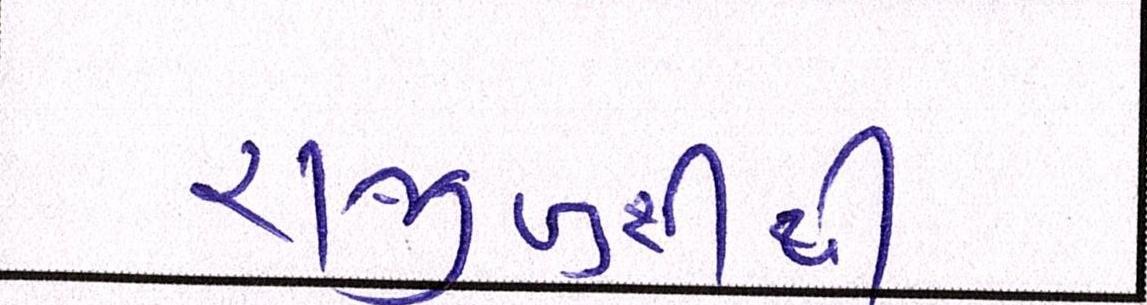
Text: રાજીખુશીથી